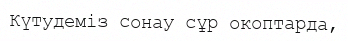
Күтудеміз сонау сұр окоптарда,